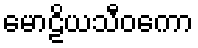
မောဠိယသီဝကော